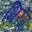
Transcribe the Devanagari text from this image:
भिरंग